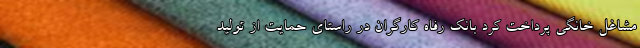
مشاغل خانگی پرداخت کرد بانک رفاه کارگران در راستای حمایت از تولید